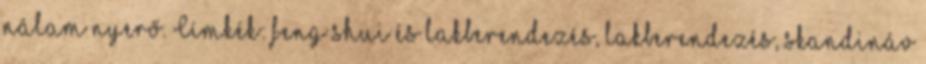
nálam nyerő. Címkék: feng shui és lakberendezés, lakberendezés, skandináv